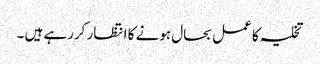
تخلیہ کا عمل بحال ہونے کا انتظار کررہے ہیں ۔